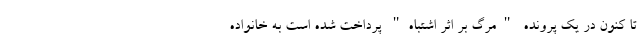
تا کنون در یک پرونده "مرگ بر اثر اشتباه" پرداخت شده است به خانواده